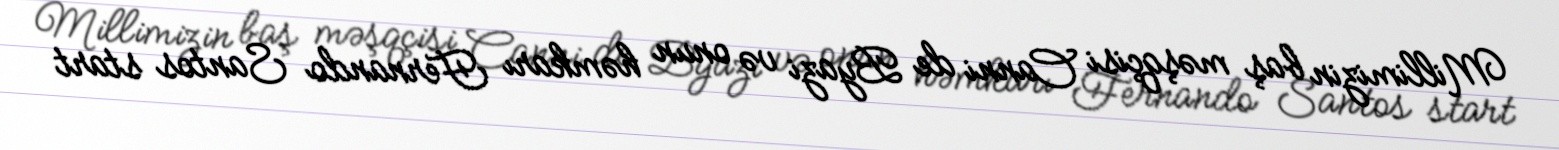
Millimizin baş məşqçisi Canni de Byazi və onun həmkarı Fernando Santos start